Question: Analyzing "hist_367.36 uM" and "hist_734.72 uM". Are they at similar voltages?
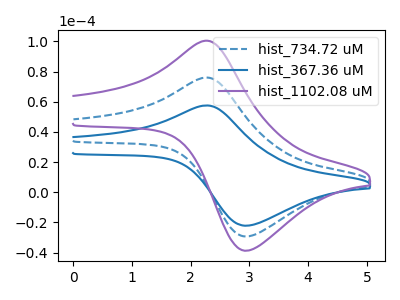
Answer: <think>The blue dashed curve "hist_734.72 uM" has an anodic peak at (2.25V, 76.00uA) and a cathodic peak at (2.95V, -29.30uA). The blue curve "hist_367.36 uM" has an anodic peak at (2.25V, 57.50uA) and a cathodic peak at (2.95V, -22.20uA). The purple curve "hist_1102.08 uM" has an anodic peak at (2.25V, 152.00uA) and a cathodic peak at (2.95V, -58.65uA).
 All the peaks in "hist_367.36 uM" have a peak in "hist_734.72 uM" at the same potential. Every peak in "hist_367.36 uM" is lower than every peak in "hist_734.72 uM".</think>
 <answer>"hist_367.36 uM" and "hist_734.72 uM" are similar in shape.</answer>
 <eval>same_shape</eval>